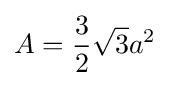
A={\frac {3}{2}}{\sqrt {3}}a^{2}\,\!